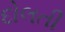
દોલતી